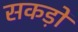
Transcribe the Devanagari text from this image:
सकड़ों